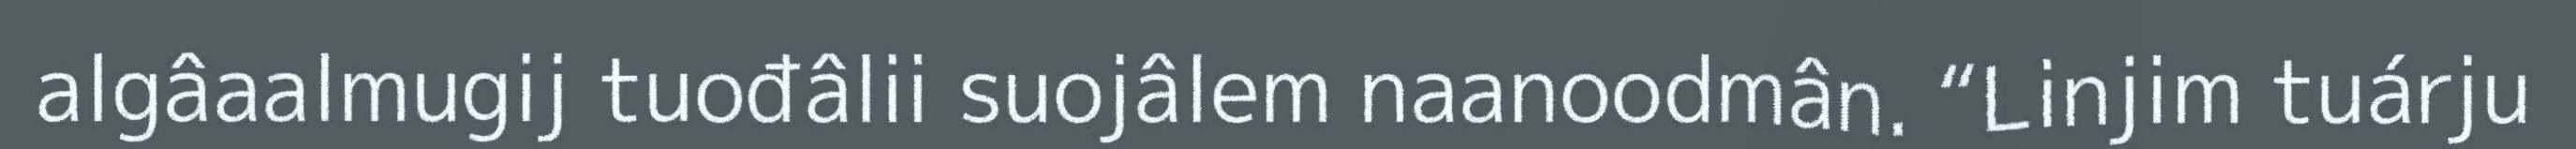
algâaalmugij tuođâlii suojâlem naanoodmân. “Linjim tuárju